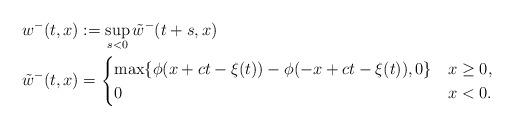
LaTeX: \begin{align*}w^ -(t,x) &:= \sup \limits_{s <0} \tilde{w}^-(t+s,x) \\\tilde{w}^-(t,x) &= \begin{cases}\max \{\phi(x+c t - \xi(t) ) - \phi(-x +c t - \xi(t)),0\} & x \geq 0, \\0 & x <0.\end{cases} \end{align*}